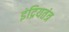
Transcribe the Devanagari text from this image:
इंद्रियतंत्र